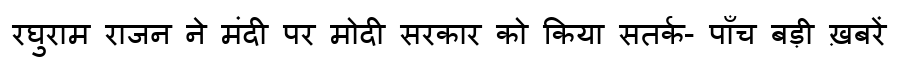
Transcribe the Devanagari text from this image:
रघुराम राजन ने मंदी पर मोदी सरकार को किया सतर्क- पाँच बड़ी ख़बरें